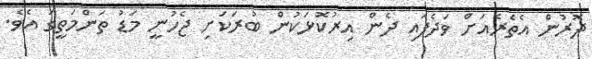
ދޮރުން އެތެރެއަށް ވަދެފައި ދެން އިރުކޮޅަކުން ބުރަކަށި ޖެހުނީ މަޑު ތަންމަތީގަ އެވެ.